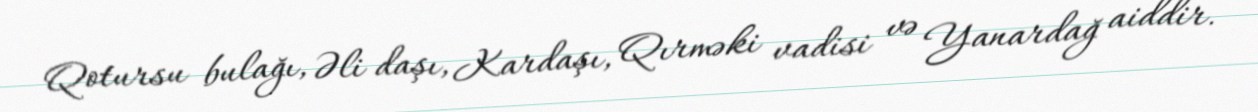
Qotursu bulağı, Əli daşı, Kardaşı, Qırməki vadisi və Yanardağ aiddir.